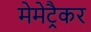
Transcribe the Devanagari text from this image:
मेमेट्रैकर